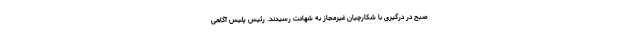
صبح در درگیری با شکارچیان غیرمجاز به شهادت رسیدند. رئیس پلیس آگاهی